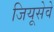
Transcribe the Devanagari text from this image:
जियूसेवे